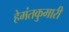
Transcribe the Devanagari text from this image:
हेमंतकुमारी